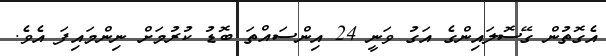
އެގޮތުން ގޭސޮލައިންގެ އަގު ވަނީ 24 އިންސައްތަ ބޮޑު ކުރުމަށް ނިންމައިފަ އެވެ.